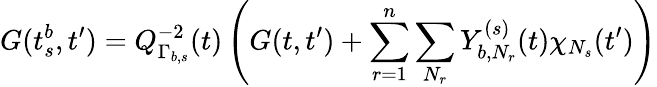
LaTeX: G(t_{s}^{b},t^{\prime})=Q_{\Gamma_{b,s}}^{-2}(t)\left(G(t,t^{\prime})+\sum_{r=1}^{n}\sum_{N_{r}}Y_{b,N_{r}}^{(s)}(t)\chi_{N_{s}}(t^{\prime})\right)